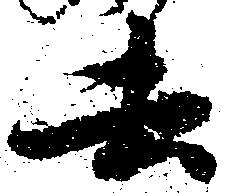
去